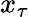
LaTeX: x_{\tau}